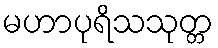
မဟာပုရိသသုတ္တ